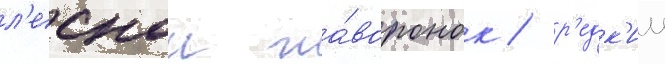
л'еснои жа́воронок / р'едк'ии